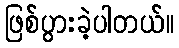
ဖြစ်ပွားခဲ့ပါတယ်။